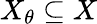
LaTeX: X_{\theta}\subseteq X